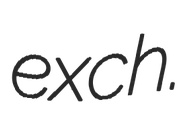
exch.